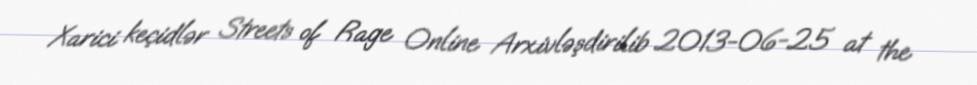
Xarici keçidlər Streets of Rage Online Arxivləşdirilib 2013-06-25 at the